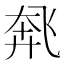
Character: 𫗌